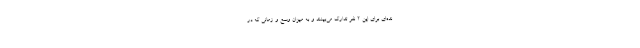
نده‌ای برای این ۲ نفر تدارک می‌بینند و به میزان وسع و زمانی که در